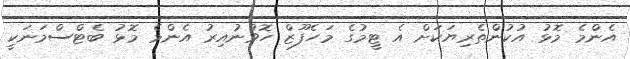
އެންމެ މޮޅު އުކުންތެރިޔަކަށް އެ ޓީމުގެ މަހެފޫޒް ހޮވުނުއިރު އެންމެ މޮޅު ބެޓްސްމަނަކީ